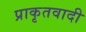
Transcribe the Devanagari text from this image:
प्राकृतवादी